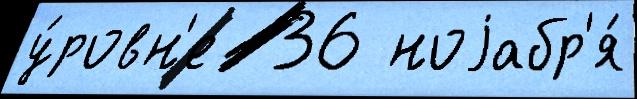
у́ровн'е  36 ноjабр'я́